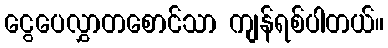
ငွေပေလွှာတစောင်သာ ကျန်ရစ်ပါတယ်။